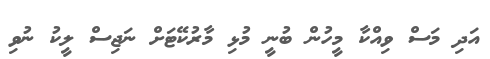
އަދި މަސް ވިއްކާ މީހުން ބުނީ މުޅި މާރުކޭޓަށް ނަޖިސް ލީކު ނުވި